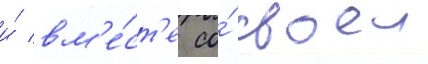
и́ вм'е́ст'е со́ своеи